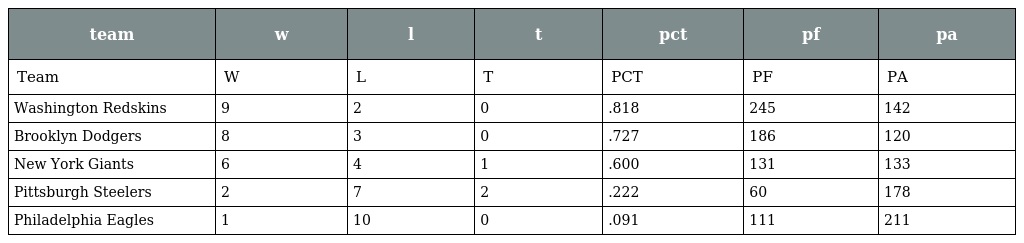
| team | w | l | t | pct | pf | pa |
 | --- | --- | --- | --- | --- | --- | --- |
 | Team | W | L | T | PCT | PF | PA |
 | Washington Redskins | 9 | 2 | 0 | .818 | 245 | 142 |
 | Brooklyn Dodgers | 8 | 3 | 0 | .727 | 186 | 120 |
 | New York Giants | 6 | 4 | 1 | .600 | 131 | 133 |
 | Pittsburgh Steelers | 2 | 7 | 2 | .222 | 60 | 178 |
 | Philadelphia Eagles | 1 | 10 | 0 | .091 | 111 | 211 |